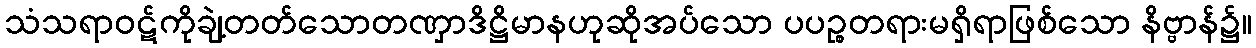
သံသရာဝဋ်ကိုချဲ့တတ်သောတဏှာဒိဋ္ဌိမာနဟုဆိုအပ်သော ပပဉ္စတရားမရှိရာဖြစ်သော နိဗ္ဗာန်၌။